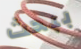
ببحث